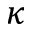
\kappa